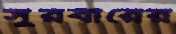
সুরবীরের